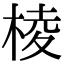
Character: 棱